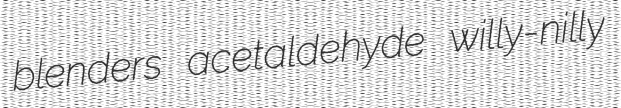
blenders acetaldehyde willy-nilly